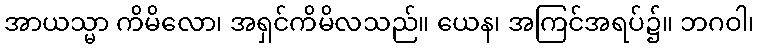
အာယသ္မာ ကိမိလော၊ အရှင်ကိမိလသည်။ ယေန၊ အကြင်အရပ်၌။ ဘဂဝါ၊